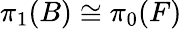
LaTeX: \pi_{1}(B)\cong\pi_{0}(F)